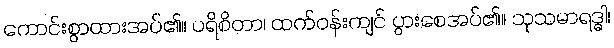
ကောင်းစွာထားအပ်၏။ ပရိစိတာ၊ ထက်ဝန်းကျင် ပွားစေအပ်၏။ သုသမာရဒ္ဓါ၊